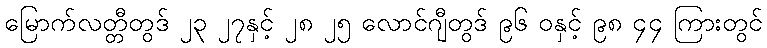
မြောက်လတ္တီတွဒ် ၂၃ ၂၇နှင့် ၂၈ ၂၅ လောင်ဂျီတွဒ် ၉၆ ဝနှင့် ၉၈ ၄၄ ကြားတွင်